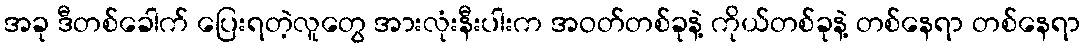
အခု ဒီတစ်ခေါက် ပြေးရတဲ့လူတွေ အားလုံးနီးပါးက အဝတ်တစ်ခုနဲ့ ကိုယ်တစ်ခုနဲ့ တစ်နေရာ တစ်နေရာ